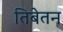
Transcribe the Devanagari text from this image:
तिबेतन